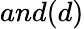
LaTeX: and(d)